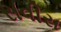
સવીરા